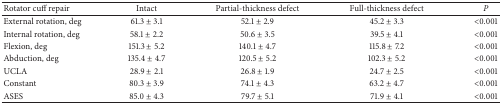
<table><thead><tr><td><b>Rotator cuff repair</b></td><td><b>Intact</b></td><td><b>Partial-thickness defect</b></td><td><b>Full-thickness defect</b></td><td><b><i>P </i></b></td></tr></thead><tbody><tr><td>External rotation, deg</td><td>61.3 ± 3.1</td><td>52.1 ± 2.9</td><td>45.2 ± 3.3</td><td>&lt;0.001</td></tr><tr><td>Internal rotation, deg</td><td>58.1 ± 2.2</td><td>50.6 ± 3.5</td><td>39.5 ± 4.1</td><td>&lt;0.001</td></tr><tr><td>Flexion, deg</td><td>151.3 ± 5.2</td><td>140.1 ± 4.7</td><td>115.8 ± 7.2</td><td>&lt;0.001</td></tr><tr><td>Abduction, deg</td><td>135.4 ± 4.7</td><td>120.5 ± 5.2</td><td>102.3 ± 5.2</td><td>&lt;0.001</td></tr><tr><td>UCLA</td><td>28.9 ± 2.1</td><td>26.8 ± 1.9</td><td>24.7 ± 2.5</td><td>&lt;0.001</td></tr><tr><td>Constant</td><td>80.3 ± 3.9</td><td>74.1 ± 4.3</td><td>63.2 ± 4.7</td><td>&lt;0.001</td></tr><tr><td>ASES</td><td>85.0 ± 4.3</td><td>79.7 ± 5.1</td><td>71.9 ± 4.1</td><td>&lt;0.001</td></tr></tbody></table>